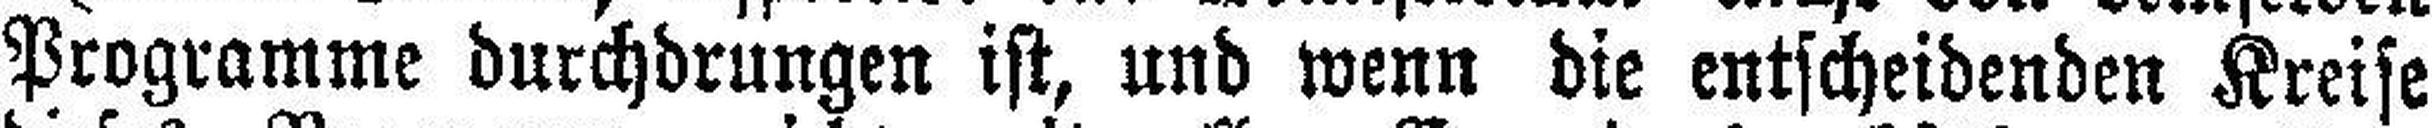
Programme durchdrungen ist, und wenn die entscheidenden Kreise